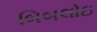
બિબલોઇ